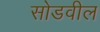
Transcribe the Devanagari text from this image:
सोडवील